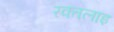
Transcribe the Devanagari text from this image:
रक्तलाइ